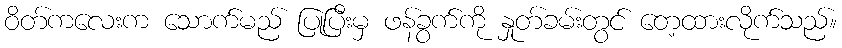
ဝိတ်ကလေးက သောက်မည် ပြုပြီးမှ ဖန်ခွက်ကို နှုတ်ခမ်းတွင် တေ့ထားလိုက်သည်။